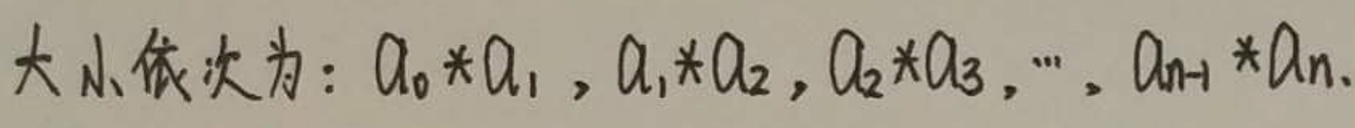
大小依次为：$a_0*a_1,a_1*a_2,a_2*a_3,\cdots,a_{n - 1}*a_n$.